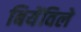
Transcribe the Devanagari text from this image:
बियेंविले